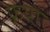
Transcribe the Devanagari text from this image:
फ्र्या